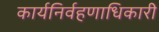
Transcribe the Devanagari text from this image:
कार्यनिर्वहणाधिकारी